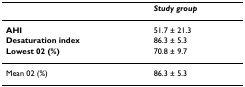
<table><thead><tr><td></td><td><b><i>Study group</i></b></td></tr></thead><tbody><tr><td><b>AHI</b></td><td>51.7 ± 21.3</td></tr><tr><td><b>Desaturation index</b></td><td>86.3 ± 5.3</td></tr><tr><td><b>Lowest 02 (%)</b></td><td>70.8 ± 9.7</td></tr><tr><td>Mean 02 (%)</td><td>86.3 ± 5.3</td></tr></tbody></table>